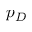
p _ { D }